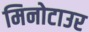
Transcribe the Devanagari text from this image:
मिनोटाउर